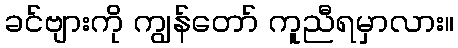
ခင်ဗျားကို ကျွန်တော် ကူညီရမှာလား။